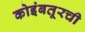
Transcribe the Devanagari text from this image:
कोइंबतूरची